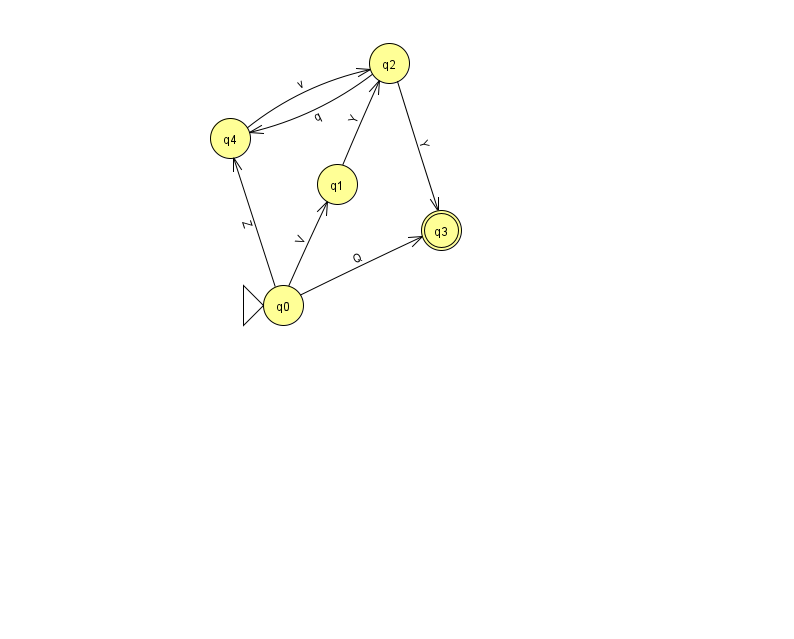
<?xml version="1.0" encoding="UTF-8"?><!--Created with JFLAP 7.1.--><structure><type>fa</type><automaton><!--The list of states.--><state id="0" name="q0"><x>283.0</x><y>292.0</y><initial/></state><state id="1" name="q1"><x>337.0</x><y>171.0</y></state><state id="2" name="q2"><x>389.0</x><y>50.0</y></state><state id="3" name="q3"><x>441.0</x><y>217.0</y><final/></state><state id="4" name="q4"><x>230.0</x><y>125.0</y></state><!--The list of transitions.--><transition><from>0</from><to>1</to><read>V</read></transition><transition><from>4</from><to>2</to><read>v</read></transition><transition><from>1</from><to>2</to><read>Y</read></transition><transition><from>2</from><to>4</to><read>q</read></transition><transition><from>0</from><to>4</to><read>Z</read></transition><transition><from>0</from><to>3</to><read>Q</read></transition><transition><from>2</from><to>3</to><read>Y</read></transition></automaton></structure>